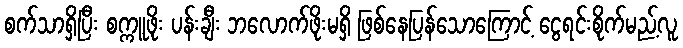
စက်သာရှိပြီး စက္ကူဖိုး ပန်းချီး ဘလောက်ဖိုးမရှိ ဖြစ်နေပြန်သောကြောင့် ငွေရင်းစိုက်မည့်လူ